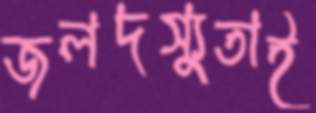
জলদস্যুতাই